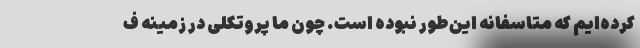
کرده‌ایم که متاسفانه این‌طور نبوده است. چون ما پروتکلی در زمینه ف